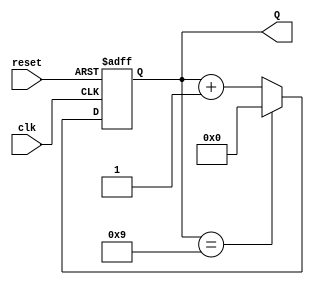
module bcd_counter (
    input wire clk,      // Clock input
    input wire reset,    // Asynchronous reset input
    output reg [3:0] Q   // 4-bit output for the BCD count
);

// Always block triggered on the rising edge of the clock or when reset is active
always @(posedge clk or posedge reset) begin
    if (reset) begin
        Q <= 4'b0000; // Reset the counter to 0
    end else if (Q == 4'b1001) begin
        Q <= 4'b0000; // Wrap around to 0 after reaching 9 (1001)
    end else begin
        Q <= Q + 1;   // Increment the counter
    end
end

endmodule